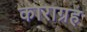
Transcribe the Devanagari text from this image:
काराग्रह